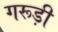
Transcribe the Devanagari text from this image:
गरूड़ी